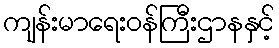
ကျန်းမာရေးဝန်ကြီးဌာနနှင့်